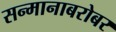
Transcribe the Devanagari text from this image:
सन्मानाबरोबर